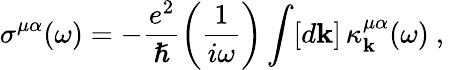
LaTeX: \sigma^{\mu\alpha}(\omega)=-\frac{e^{2}}{\hslash}\left(\frac{1}{i\omega}\right)\int[d\mathbf{k}]\, \kappa_{\mathbf{k}}^{\mu\alpha}(\omega)\mathrm{~,~}